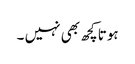
ہوتا کچھ بھی نہیں ۔